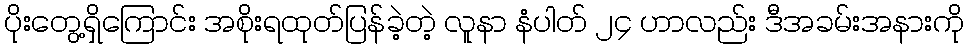
ပိုးတွေ့ရှိကြောင်း အစိုးရထုတ်ပြန်ခဲ့တဲ့ လူနာ နံပါတ် ၂၄ ဟာလည်း ဒီအခမ်းအနားကို